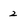
Character: 2